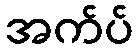
အက်ပ်